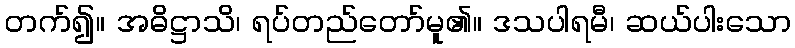
တက်၍။ အဓိဋ္ဌာသိ၊ ရပ်တည်တော်မူ၏။ ဒသပါရမီ၊ ဆယ်ပါးသော